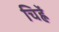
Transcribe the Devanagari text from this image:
चिह्नें